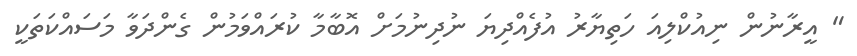
" އީރާނުން ނިއުކްލިއަ ހަތިޔާރު އުފެއްދިޔަ ނުދިނުމަށް އޮބާމާ ކުރައްވަމުން ގެންދަވާ މަސައްކަތަކީ